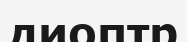
диоптр